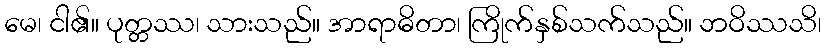
မေ၊ ငါ၏။ ပုတ္တဿ၊ သားသည်။ အာရာဓိတာ၊ ကြိုက်နှစ်သက်သည်။ ဘဝိဿသိ၊